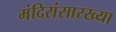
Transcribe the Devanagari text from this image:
मंदिरांसारख्या